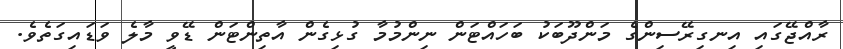
ރާއްޖޭގައި އިނގިރޭސިންގެ މަންދޫބަކު ބަހައްޓަން ނިންމުމާ ގުޅިގެން އާތިންޓަން ޑޭވީ މާލެ ވަޑައިގަތެވެ.